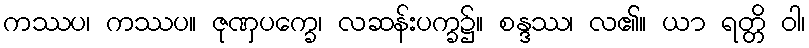
ကဿပ၊ ကဿပ။ ဇုဏှပက္ခေ၊ လဆန်းပက္ခ၌။ စန္ဒဿ၊ လ၏။ ယာ ရတ္တိ ဝါ၊